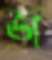
জ